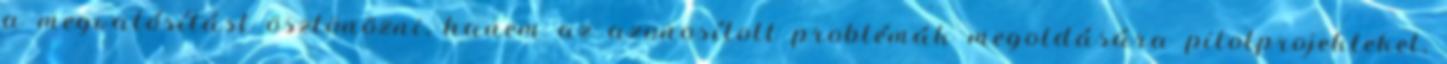
a megvalósítást ösztönözni, hanem az azonosított problémák megoldására pilotprojekteket,